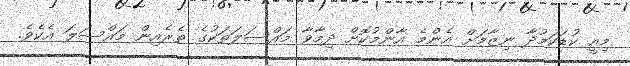
މިއީ ކުޑަކަމުދާ ނިޒާމަށް އެންމެ އާންމުކޮށް ދިމާވާ މައްސަލަތަކުގެ ތެރެއިން މައްސަލަ އެކެވެ.